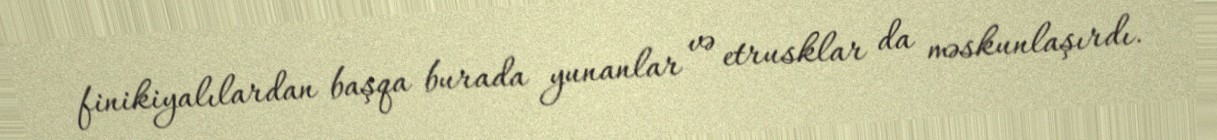
finikiyalılardan başqa burada yunanlar və etrusklar da məskunlaşırdı.